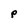
Character: P